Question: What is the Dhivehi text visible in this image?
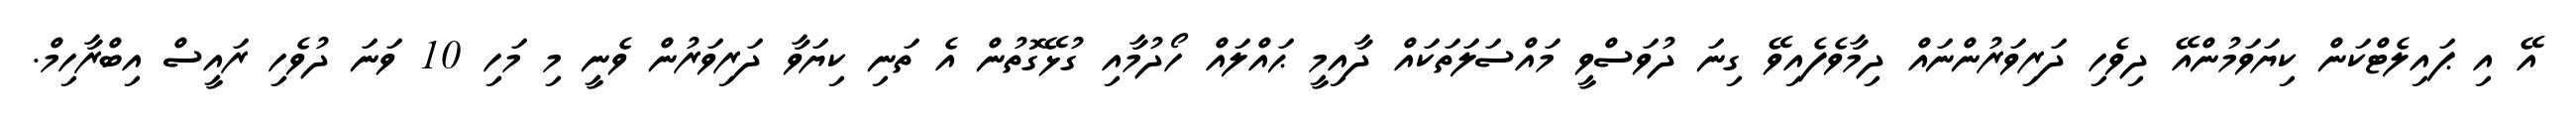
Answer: އޭ އި ޕައިލެޓްކަން ކިޔަވަމުންއޭ ދިވެހި ދަރިވަރުންނައް ދިމާވެފެއިވޭ ގިނަ ދުވަސްވީ މައްސަލަތަކައް ދާއިމީ ޙައްލައް ހޯދުމާއި ގުޅޭގޮތުން އެ ތަނި ކިޔަވާ ދަރިވަރުން ވެނީ މި މަހި 10 ވަނަ ދުވެހި ރައީސް އިބްރާހިމް.